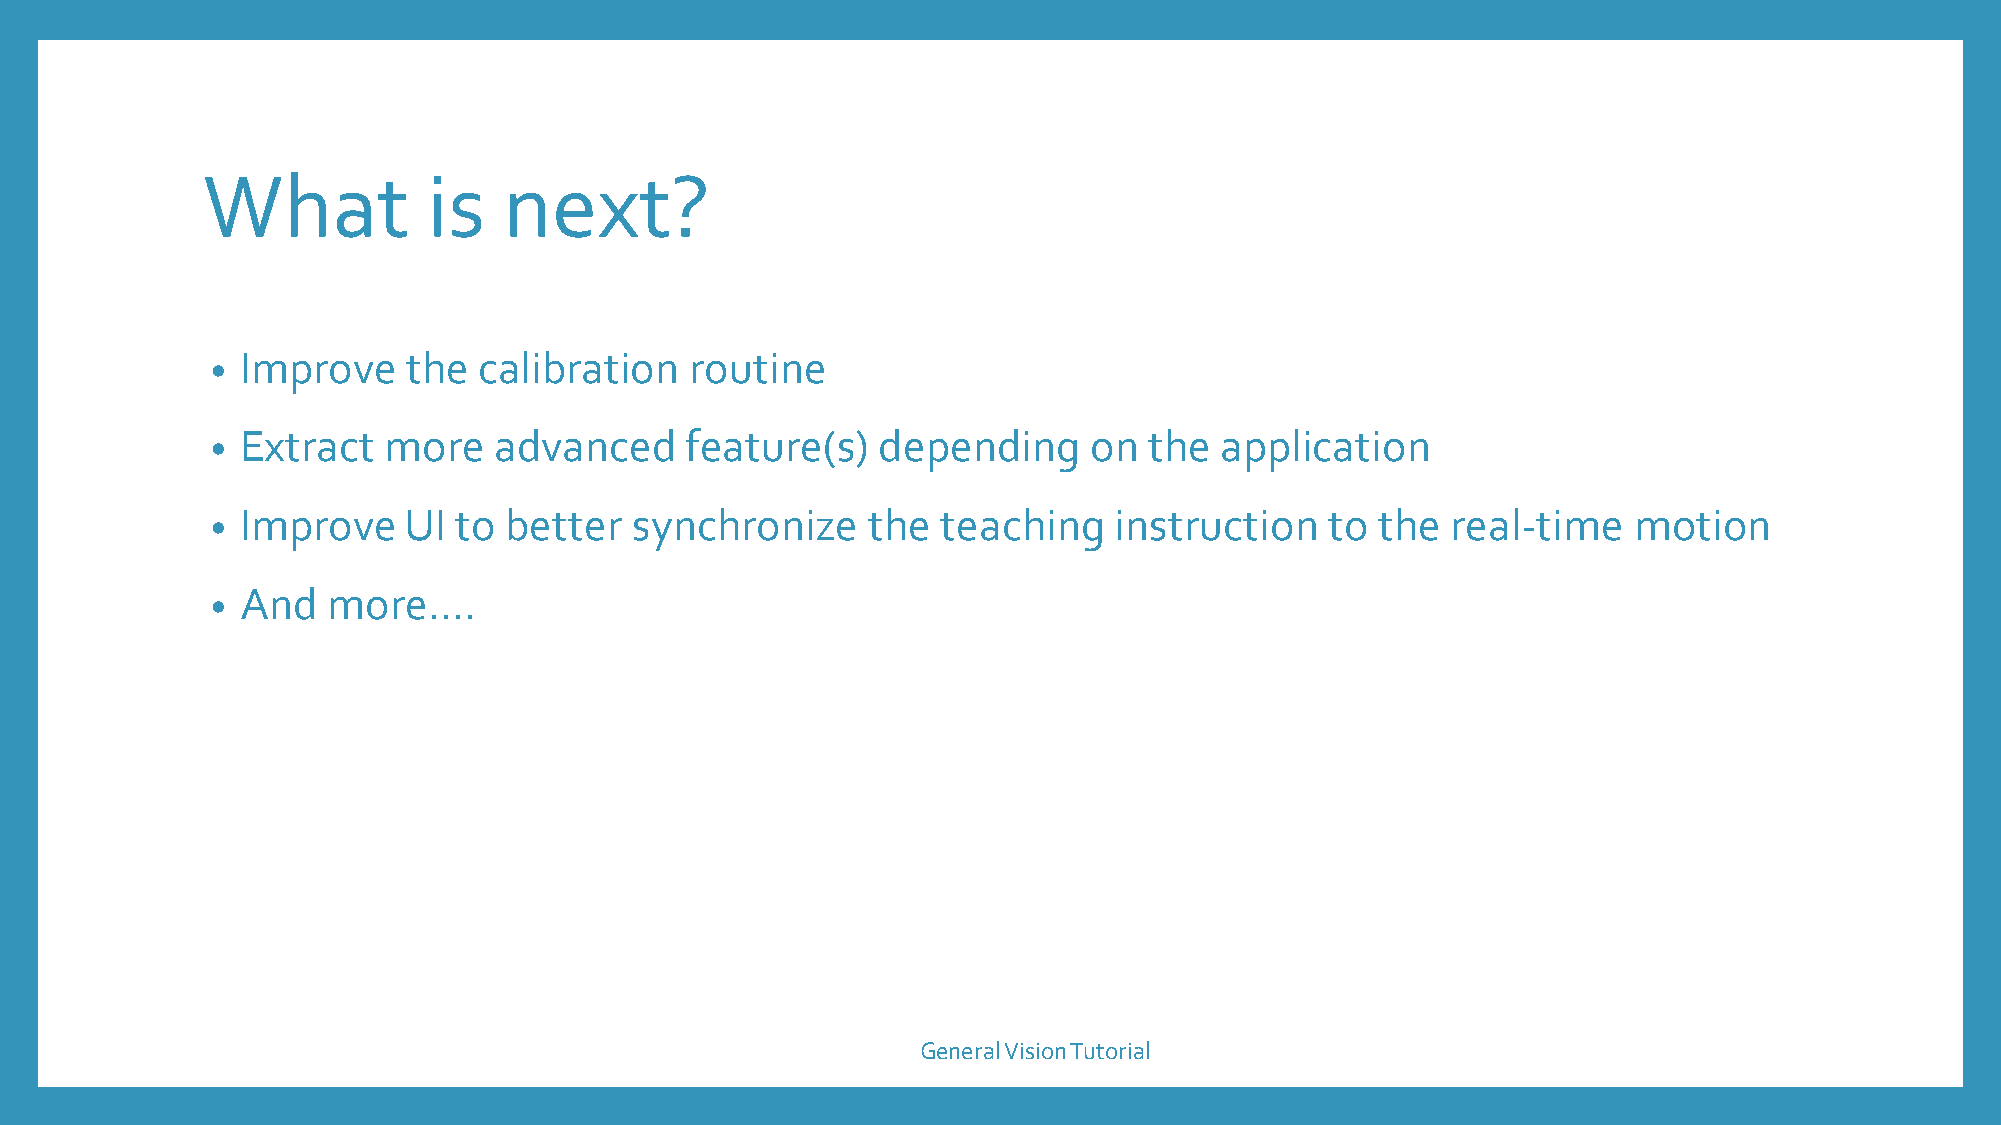
What           is   next?
 Improve    the  calibration   routine
 •
 Extract  more    advanced    feature(s)   depending     on  the  application
 •
 Improve    UI to better   synchronize    the  teaching    instruction   to the  real-time   motion
 •
 And   more….
 •
 General Vision Tutorial